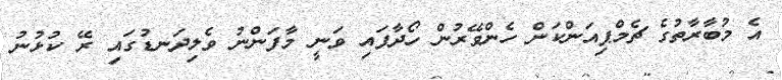
އެ މުބާރާތުގެ ޗެމްޕިއަންކަން ހެންވޭރުން ހޯދާފައި ވަނީ މާފަންނު ވެލިދަނޑުގައި ރޭ ކުޅުނު